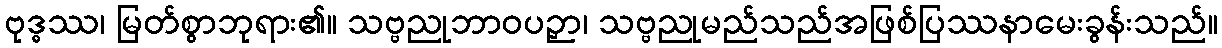
ဗုဒ္ဓဿ၊ မြတ်စွာဘုရား၏။ သဗ္ဗညုဘာဝပဉှာ၊ သဗ္ဗညုမည်သည်အဖြစ်ပြဿနာမေးခွန်းသည်။